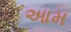
આમ